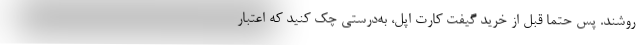
روشند. پس حتماً قبل از خرید گیفت کارت اپل، به‌درستی چک کنید که اعتبار